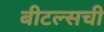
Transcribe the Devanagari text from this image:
बीटल्सची